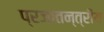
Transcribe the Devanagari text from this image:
प्रजातन्त्रीय